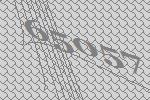
65057